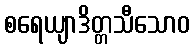
စရေယျာဒိတ္တသီသောဝ